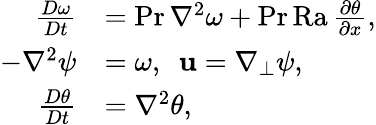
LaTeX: \begin{array}{rl}{\frac{D\omega}{Dt}}&{=\mathrm{Pr}\, \nabla^{2}\omega+\mathrm{Pr}\, \mathrm{Ra}\, \frac{\partial\theta}{\partial x},}\\ {-\nabla^{2}\psi}&{=\omega,\ \ \mathbf{u}=\nabla_{\perp}\psi,}\\ {\frac{D\theta}{Dt}}&{=\nabla^{2}\theta,}\end{array}